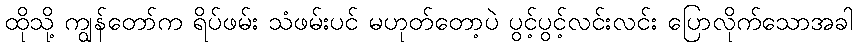
ထိုသို့ ကျွန်တော်က ရိပ်ဖမ်း သံဖမ်းပင် မဟုတ်တော့ပဲ ပွင့်ပွင့်လင်းလင်း ပြောလိုက်သောအခါ